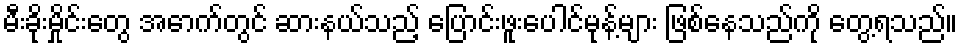
မီးခိုးမှိုင်းတွေ အောက်တွင် ဆားနယ်သည့် ပြောင်းဖူးပေါင်မုန့်များ ဖြစ်နေသည်ကို တွေ့ရသည်။